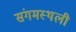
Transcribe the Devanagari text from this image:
संगमस्थली